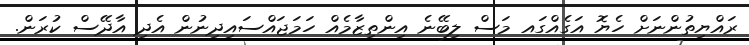
ރައްޔިތުންނަށް ހެޔޮ އަގެއްގައ މަސް ލިބޭނެ އިންތިޒާމެއް ހަމަޖައްސައިދިނުން އެދި އާދޭސް ކުރަން.